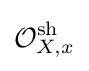
{\mathcal {O}}_{X,x}^{\text{sh}}